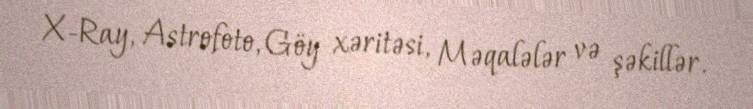
X-Ray, Astrofoto, Göy xəritəsi, Məqalələr və şəkillər.